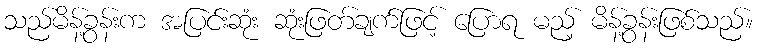
သည်မိန့်ခွန်းက အပြင်းဆုံး ဆုံးဖြတ်ချက်ဖြင့် ပြောရ မည့် မိန့်ခွန်းဖြစ်သည်။